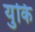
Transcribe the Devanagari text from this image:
युकि